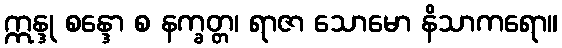
ဣန္ဒု စန္ဒော စ နက္ခတ္တ၊ ရာဇာ သောမော နိသာကရော။